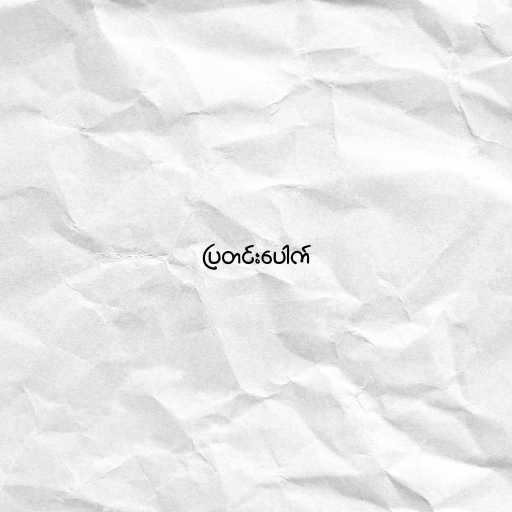
ပြတင်းပေါက်